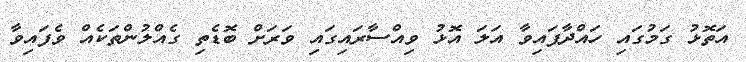
އަތޮޅު ގަމުގައި ހައްދާފައިވާ އަލަ އޮޅު ވިއްސާރައިގައި ވަރަށް ބޮޑެތި ގެއްލުންތަކެއް ވެފައިވާ